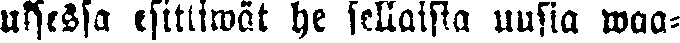
uksessa esittiwät he sellaisia uusia waa-